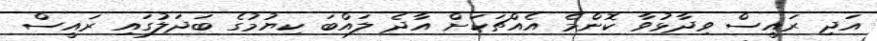
އަދި ރައީސް ވިދާޅުވާ ކޮންމެ އެއްޗަކަށް އާދެ ލައްބަ ކިޔުމުގެ ބަދަލުގައި ރައީސް